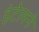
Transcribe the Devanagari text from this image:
इंटेलने